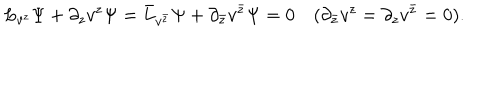
L _ { v ^ { z } } \Psi + \partial _ { z } v ^ { z } \Psi = \bar { L } _ { v ^ { \bar { z } } } \Psi + \partial _ { \bar { z } } v ^ { \bar { z } } \Psi = 0 \hspace { 1 e m } ( \partial _ { \bar { z } } v ^ { z } = \partial _ { z } v ^ { \bar { z } } = 0 ) .